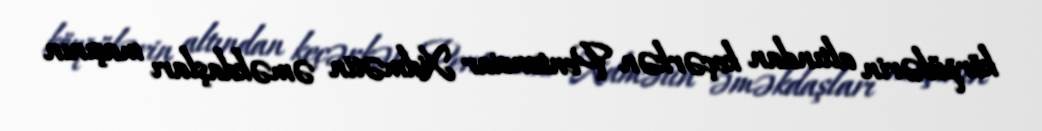
körpülərin altından keçərkən Pentensiar Xidmətin əməkdaşları maşının